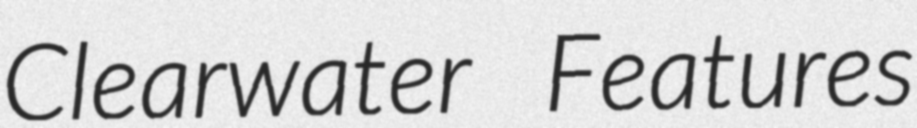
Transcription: Clearwater Features